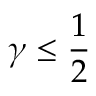
\gamma \leq { \frac { 1 } { 2 } }